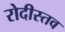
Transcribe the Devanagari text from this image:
रोदीस्तव